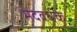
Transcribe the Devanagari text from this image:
मेदवर्धक